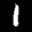
Label: 1